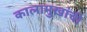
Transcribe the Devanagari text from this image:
कालामुखांची